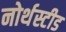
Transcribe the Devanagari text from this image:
नोर्थस्टीड